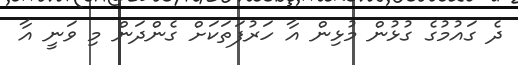
ދެ ގައުމުގެ ގުޅުން މުޅިން އާ ހަރުފަތަކަށް ގެންދަން މި ވަނީ އާ